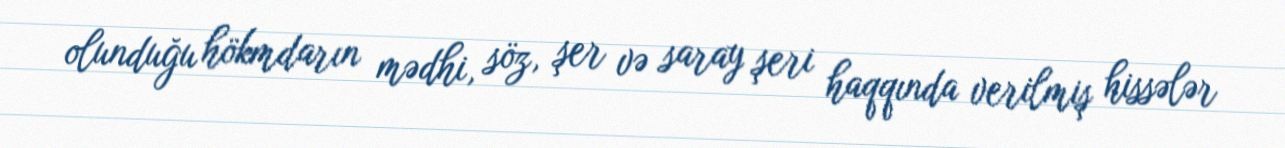
olunduğu hökmdarın mədhi, söz, şer və saray şeri haqqında verilmiş hissələr